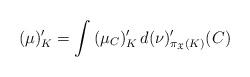
LaTeX: \begin{align*}(\mu)'_K = \int \, (\mu_C )'_K \, d (\nu)'_{\pi_\mathfrak{X}(K)}(C)\end{align*}